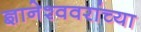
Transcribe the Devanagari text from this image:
ज्ञानेश्ववरांच्या